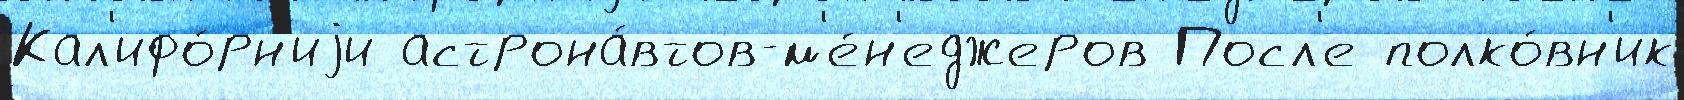
Кал'ифо́рн'иjи астрона́втов-м'е́н'еджеров Посл'е полко́вн'ик